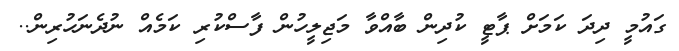
ގައުމީ ދިދަ ކަމަށް ޕާޓީ ކުދިން ބާއްވާ މަޖިލީހުން ފާސްކުރި ކަމެއް ނުދެނަހުރިން..